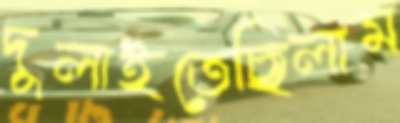
দুলাইতেছিলাম